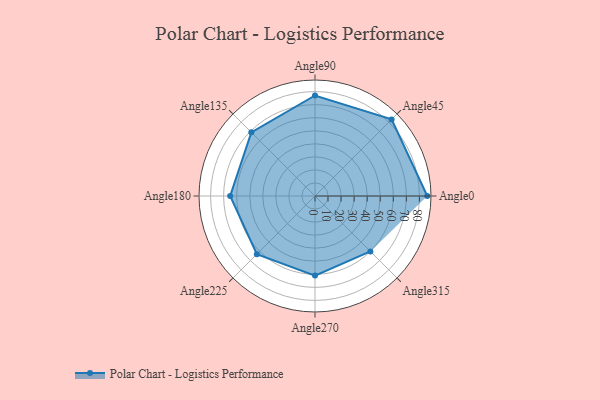
{"axis": {"x": "Angle", "y": "Radius"}, "legend": [""], "data": [{"x": "Angle0", "y": 86.0, "type": ""}, {"x": "Angle45", "y": 83.0, "type": ""}, {"x": "Angle90", "y": 77.0, "type": ""}, {"x": "Angle135", "y": 69.0, "type": ""}, {"x": "Angle180", "y": 65.0, "type": ""}, {"x": "Angle225", "y": 63.0, "type": ""}, {"x": "Angle270", "y": 61.0, "type": ""}, {"x": "Angle315", "y": 60.0, "type": ""}]}